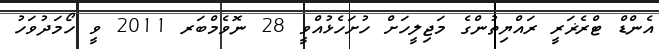
އެންޑް ޓްރެޜަރީ ރައްޔިތުންގެ މަޖިލީހަށް ހުށަހެޅުއްވީ 28 ނޮވެމްބަރ 2011 ވީ ހޯމަދުވަހު